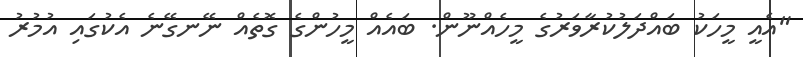
"އެއީ މީހަކު ބައްދަލުކުރާވަރުގެ މީހެއްނޫން. ބައެއް މީހުންގެ ގޮތެއް ނޭނގޭނެ އެކުގައި އުމުރު